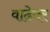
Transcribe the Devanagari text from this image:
वाढेवर